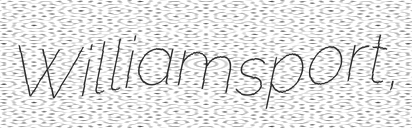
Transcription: Williamsport,